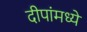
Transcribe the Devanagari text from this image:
दीपांमध्ये